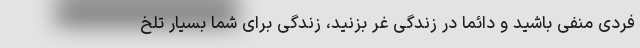
فردی منفی باشید و دائما در زندگی غر بزنید، زندگی برای شما بسیار تلخ